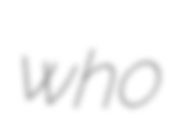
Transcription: who